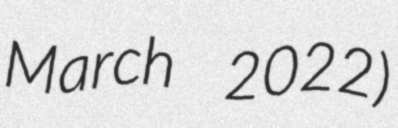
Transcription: March 2022)